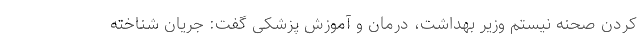
کردن صحنه نیستم وزیر بهداشت، درمان و آموزش پزشکی گفت: جریان شناخته